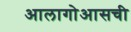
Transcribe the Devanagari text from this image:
आलागोआसची